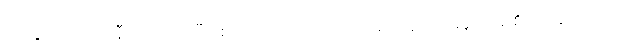
ပြိုင်ပွဲကလည်း နီးကပ်လာပြီဖြစ်လို့ ပြိုင်ဘက်အပေါ်မှာလည်း အခုအာရုံစိုက်နေပါတယ်။